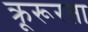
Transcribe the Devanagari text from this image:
क्रूरूरता